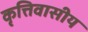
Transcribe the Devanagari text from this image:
कृत्तिवासीय